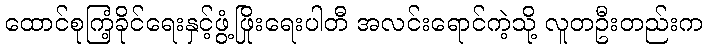
ထောင်စုကြံ့ခိုင်ရေးနှင့်ဖွံ့ဖြိုးရေးပါတီ အလင်းရောင်ကဲ့သို့ လူတဦးတည်းက